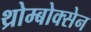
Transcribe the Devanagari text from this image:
थ्रोम्बोक्सेन